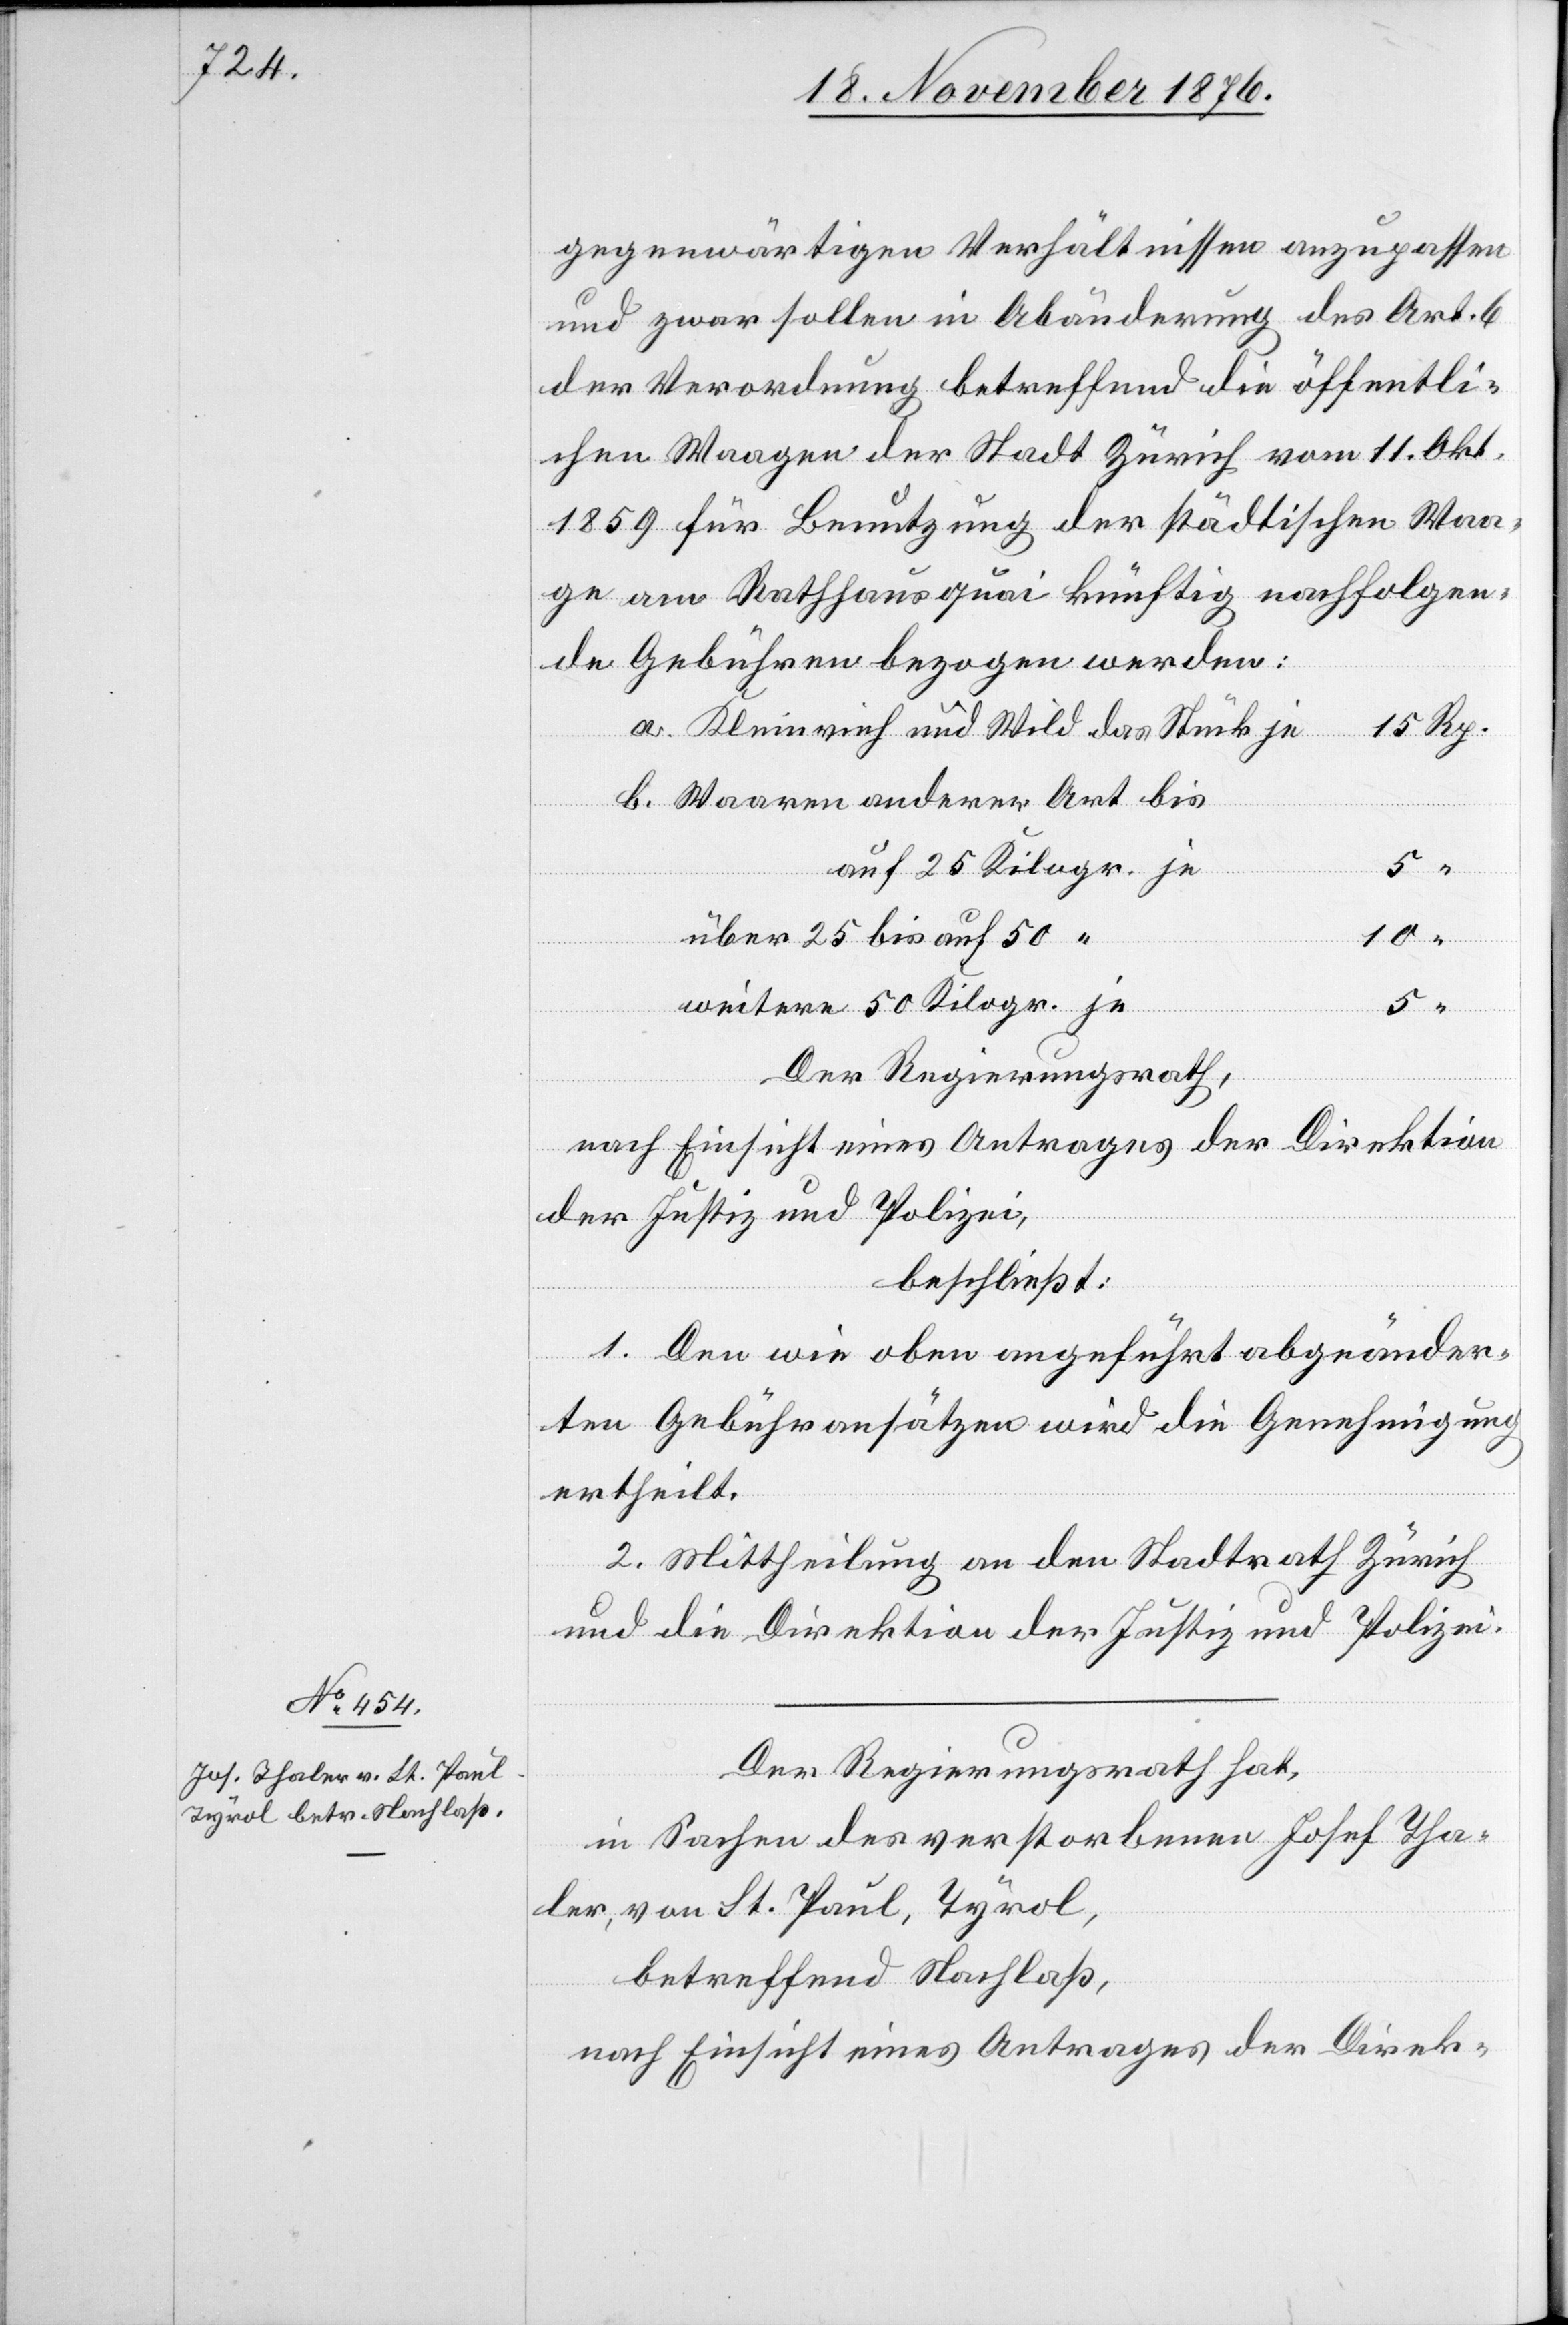
gegenwärtigen Verhältnissen anzupassen
und zwar sollen in Abänderung des Art. 6
der Verordnung betreffend die öffentli¬
chen Waagen der Stadt Zürich vom 11 Okt
1859 für Benutzung der städtischen Waa¬
ge am Rathhaus quasi künftig nachfolgen¬
de Gebühren bezogen werden:
Kleinvieh und Wild das Stück je
Waaren anderer Art bis
auf 25 Kilogr. je
über 25 bis auf 50 “
10
5
“
weitere 50 Kilogr. je
Der Regierungsrath,
nach Einsicht eines Antrages der Direktion
der Justiz und Polizei,
beschließt:
1. Den wie oben angeführt abgeänder¬
ten Gebühransätzen wird die Genehmigung
ertheilt.
2. Mittheilung an den Stadtrath Zürich
und die Direktion der Justiz und Polizei.
Der Regierungsrath hat,
in Sachen des verstorbenen Josef Tha¬
ler, von St. Paul, Tyrol,
betreffend Nachlaß,
nach Einsicht eines Antrages der Direk-